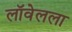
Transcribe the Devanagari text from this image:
लॉवेलला